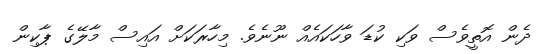
ދެން އޮތީވެސް ވަކި ކުޑަ ވާހަކައެއް ނޫނެވެ. މިހާރަކަށް އައިސް މާލޭގެ ޕާކިން